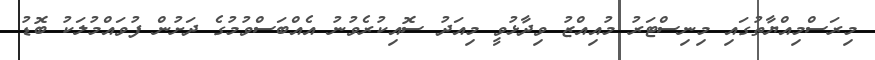
މިރަސްމިއްޔާތުގައި މިނިސްޓަރު މުއިއްޒު ވިދާޅުވީ މިއަދު ސޮއިކުރެވުނު އެއްބަސްވުމުގެ ދަށުން ފުވައްމުލަކު ބޮޑު